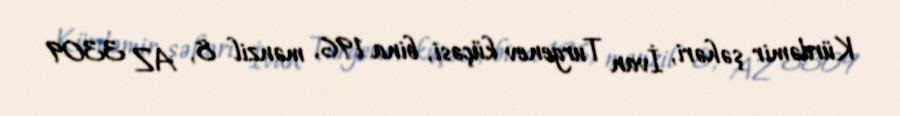
Kürdəmir şəhəri, İvan Turgenev küçəsi, bina 196, mənzil 8, AZ 3309